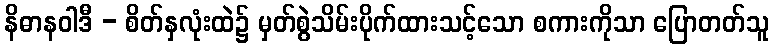
နိဓာနဝါဒီ - စိတ်နှလုံးထဲ၌ မှတ်စွဲသိမ်းပိုက်ထားသင့်သော စကားကိုသာ ပြောတတ်သူ